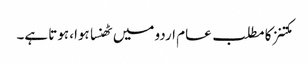
مکتنز کا مطلب عام اردو میں ٹھنسا ہوا، ہوتا ہے۔